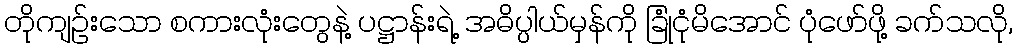
တိုကျဉ်းသော စကားလုံးတွေနဲ့ ပဋ္ဌာန်းရဲ့ အဓိပ္ပါယ်မှန်ကို ခြုံငုံမိအောင် ပုံဖော်ဖို့ ခက်သလို,